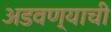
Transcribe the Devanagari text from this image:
अडवण्याची